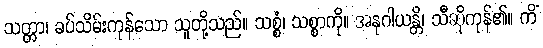
သတ္တာ၊ ခပ်သိမ်းကုန်သော သူတို့သည်။ သစ္စံ၊ သစ္စာကို။ အနုဂါယန္တိ၊ သီဆိုကုန်၏။ ကိံ